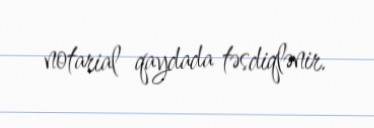
notarial qaydada təsdiqlənir.